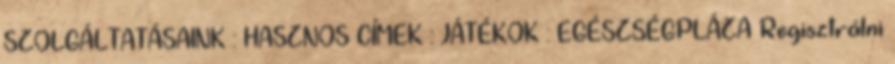
SZOLGÁLTATÁSAINK : HASZNOS CÍMEK : JÁTÉKOK : EGÉSZSÉGPLÁZA Regisztrálni